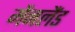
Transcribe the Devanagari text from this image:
मेंनलैंड